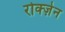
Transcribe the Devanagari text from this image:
रोक्ज़ेन